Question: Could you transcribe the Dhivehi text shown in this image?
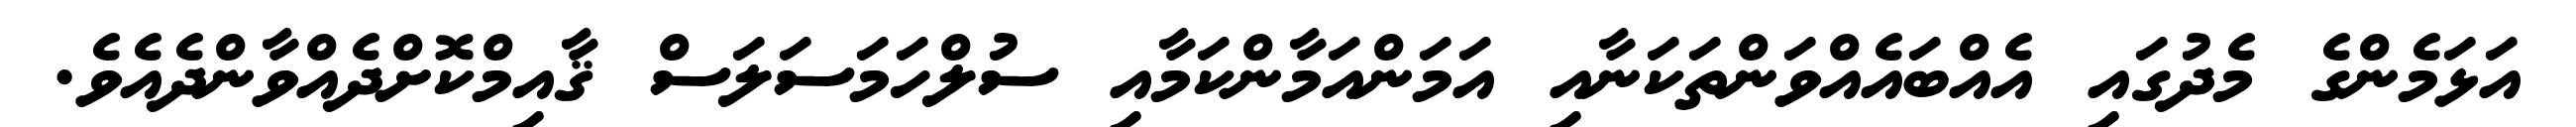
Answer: އަޅަމެންގެ މެދުގައި އެއްބައެއްވަންތަކަނާއި އަމަންއަމާންކަމާއި ސުލްހަމަސަލަސް ޤާއިމްކޮށްދެއްވާންދެއެވެ.